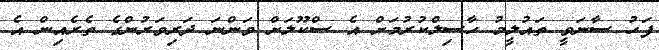
ފަހު ސާނަވީ ތައުލީމު ހާސިލްކުރުމަށް އެ ސްކޫލަށް ވަންނަ ދަރިވަރުންގެ ތެރެއިން އެ